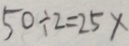
5 0 \div 2 = 2 5 \times